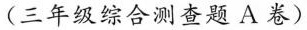
(三年级综合测查题A卷)